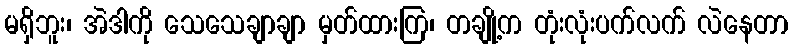
မရှိဘူး၊ အဲဒါကို သေသေချာချာ မှတ်ထားကြ၊ တချို့က တုံးလုံးပက်လက် လဲနေတာ